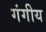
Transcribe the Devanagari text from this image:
गंगीय